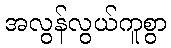
အလွန်လွယ်ကူစွာ